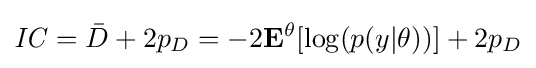
{\mathit {IC}}={\bar {D}}+2p_{D}=-2\mathbf {E} ^{\theta }[\log(p(y|\theta ))]+2p_{D}